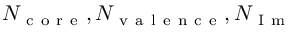
N _ { \mathrm { ~ c ~ o ~ r ~ e ~ } } , N _ { \mathrm { ~ v ~ a ~ l ~ e ~ n ~ c ~ e ~ } } , N _ { \mathrm { ~ I ~ m ~ } }